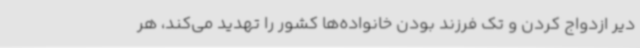
دیر ازدواج کردن و تک فرزند بودن خانواده‌ها کشور را تهدید می‌کند، هر